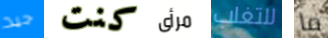
جيد كنت مرأى للتغلب ما